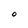
Character: 0